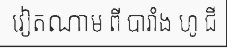
វៀតណាម ពី បារាំង ហូ ជី